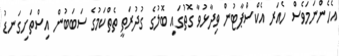
އެހެންނަމަވެސް ހެއަރ އެކްސްޕާޓުން ވިދާޅުވާ ގޮތުގައި ބޮލުގެ ގުދުރަތީ ތެތްކަމުގެ ސަބަބުން އިސްތަށިގަނޑު